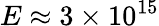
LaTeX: E\approx 3\times 10^{15}